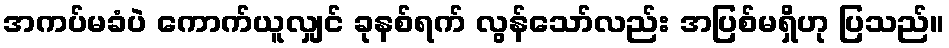
အကပ်မခံပဲ ကောက်ယူလျှင် ခုနစ်ရက် လွန်သော်လည်း အပြစ်မရှိဟု ပြသည်။